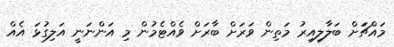
މައްޗަަށް ބަލާލިއިރު މަތިން ވަރަށް ބާރަށް ވެއްޓެމުން މި އަންނަނީ އަލިގުޅަ އެއް